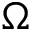
\Omega